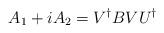
LaTeX: \begin{align*}A_1 + iA_2 = V^{\dagger } B V U^{\dagger }\end{align*}